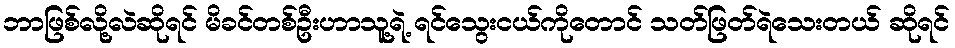
ဘာဖြစ်လို့လဲဆိုရင် မိခင်တစ်ဦးဟာသူ့ရဲ့ ရင်သွေးငယ်ကိုတောင် သတ်ဖြတ်ရဲသေးတယ် ဆိုရင်